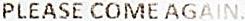
PLEASE COME AGAIN.